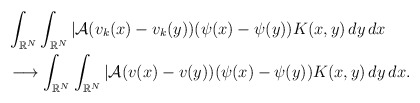
\begin{align*}&\int_{\mathbb{R}^{N}}\int_{\mathbb{R}^{N}} |\mathcal{A}(v_k(x)-v_{k}(y))(\psi(x)-\psi(y))K(x,y)\,dy\,dx \\ & \longrightarrow \int_{\mathbb{R}^{N}}\int_{\mathbb{R}^{N}} |\mathcal{A}(v(x)-v(y))(\psi(x)-\psi(y))K(x,y)\,dy\,dx.\end{align*}